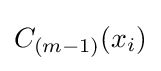
C_{(m-1)}(x_{i})